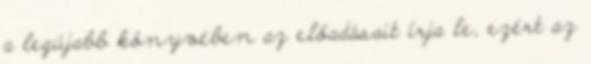
a legújabb könyvében az előadásait írja le, ezért az